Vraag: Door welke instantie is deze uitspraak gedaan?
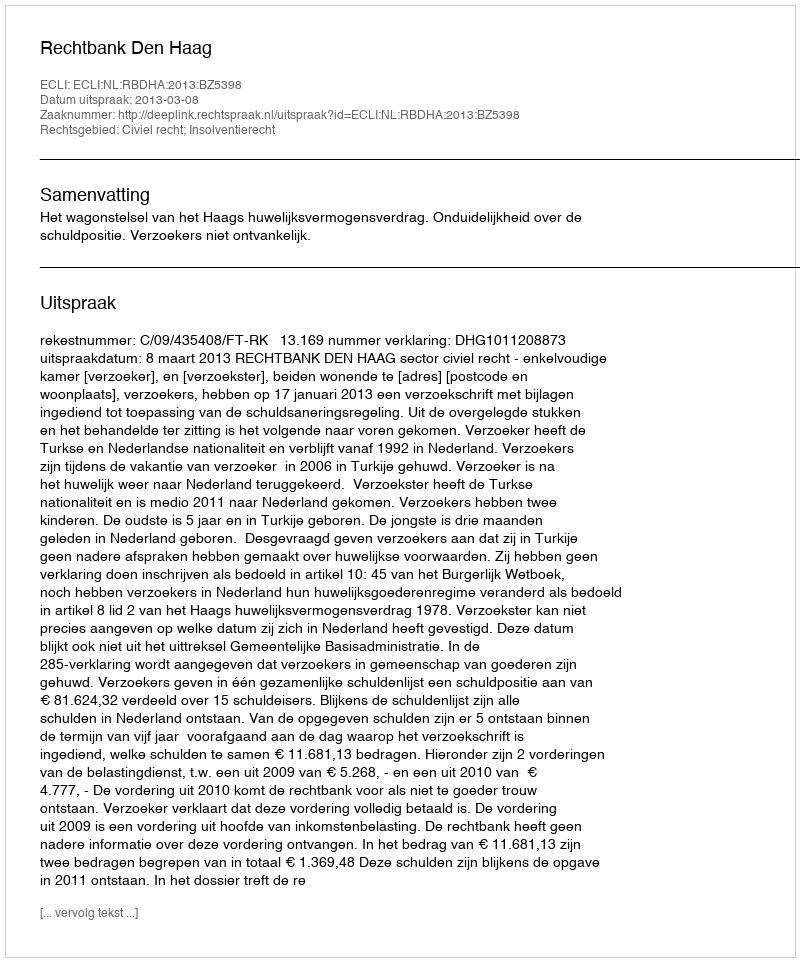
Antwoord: Rechtbank Den Haag